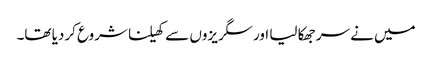
میں نے سر جھکا لیا اور سگریزوں سے کھیلنا شروع کردیا تھا۔